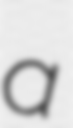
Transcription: a